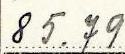
85.79